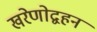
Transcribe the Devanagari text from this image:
खरेणोद्वहनं